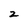
Character: 2